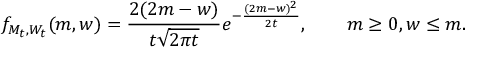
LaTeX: f _ { M _ { t } , W _ { t } } ( m , w ) = { \frac { 2 ( 2 m - w ) } { t { \sqrt { 2 \pi t } } } } e ^ { - { \frac { ( 2 m - w ) ^ { 2 } } { 2 t } } } , \qquad m \geq 0 , w \leq m .